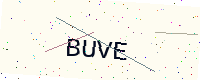
Text: BUVE